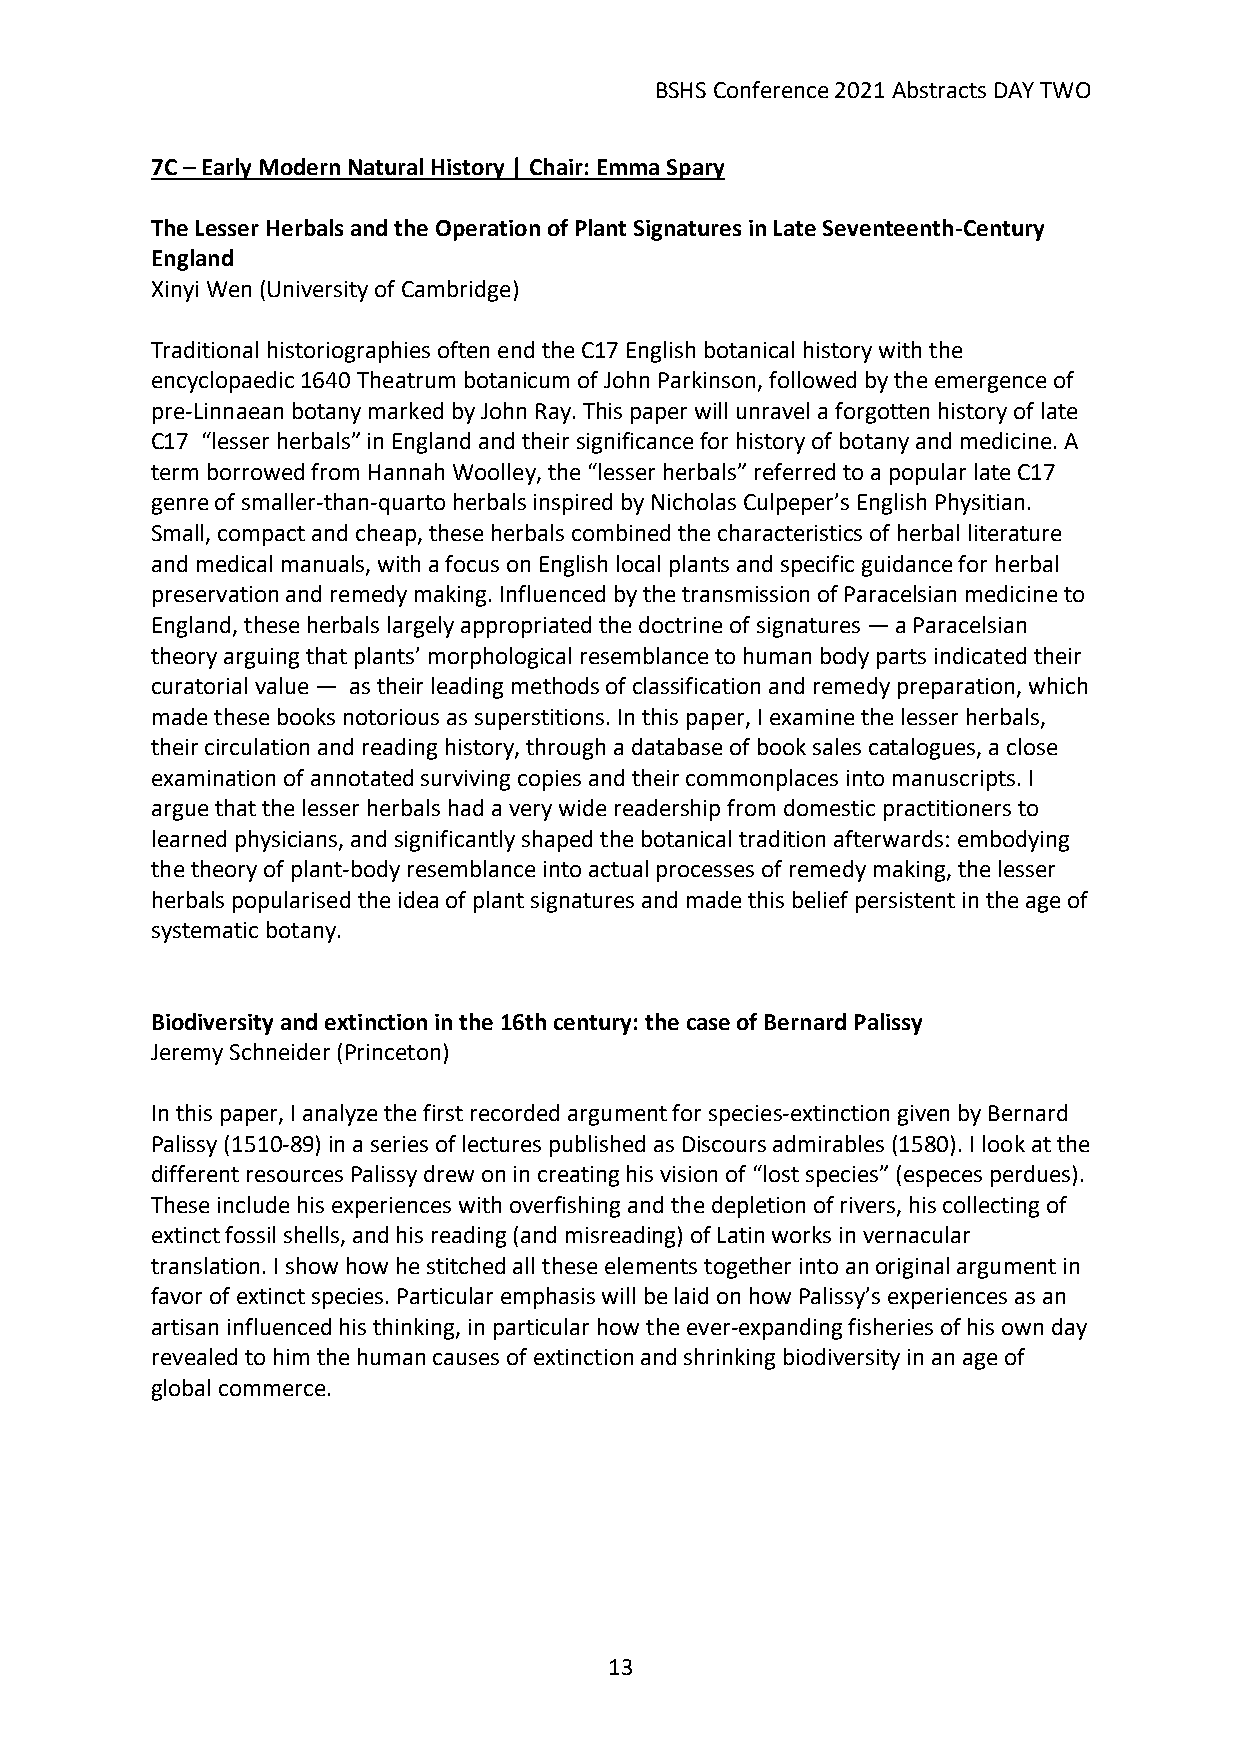
BSHS Conference 2021 Abstracts DAY TWO
 7C – Early Modern Natural History | Chair: Emma Spary
 The Lesser Herbals and the Operation of Plant Signatures in Late Seventeenth-Century
 England
 Xinyi Wen (University of Cambridge)
 Traditional historiographies often end the C17 English botanical history with the
 encyclopaedic 1640 Theatrum botanicum of John Parkinson, followed by the emergence of
 pre-Linnaean botany marked by John Ray. This paper will unravel a forgotten history of late
 C17 “lesser herbals” in England and their significance for history of botany and medicine. A
 term borrowed from Hannah Woolley, the “lesser herbals” referred to a popular late C17
 genre of smaller-than-quarto herbals inspired by Nicholas Culpeper’s English Physitian.
 Small, compact and cheap, these herbals combined the characteristics of herbal literature
 and medical manuals, with a focus on English local plants and specific guidance for herbal
 preservation and remedy making. Influenced by the transmission of Paracelsian medicine to
 England, these herbals largely appropriated the doctrine of signatures — a Paracelsian
 theory arguing that plants’ morphological resemblance to human body parts indicated their
 curatorial value — as their leading methods of classification and remedy preparation, which
 made these books notorious as superstitions. In this paper, I examine the lesser herbals,
 their circulation and reading history, through a database of book sales catalogues, a close
 examination of annotated surviving copies and their commonplaces into manuscripts. I
 argue that the lesser herbals had a very wide readership from domestic practitioners to
 learned physicians, and significantly shaped the botanical tradition afterwards: embodying
 the theory of plant-body resemblance into actual processes of remedy making, the lesser
 herbals popularised the idea of plant signatures and made this belief persistent in the age of
 systematic botany.
 Biodiversity and extinction in the 16th century: the case of Bernard Palissy
 Jeremy Schneider (Princeton)
 In this paper, I analyze the first recorded argument for species-extinction given by Bernard
 Palissy (1510-89) in a series of lectures published as Discours admirables (1580). I look at the
 different resources Palissy drew on in creating his vision of “lost species” (especes perdues).
 These include his experiences with overfishing and the depletion of rivers, his collecting of
 extinct fossil shells, and his reading (and misreading) of Latin works in vernacular
 translation. I show how he stitched all these elements together into an original argument in
 favor of extinct species. Particular emphasis will be laid on how Palissy’s experiences as an
 artisan influenced his thinking, in particular how the ever-expanding fisheries of his own day
 revealed to him the human causes of extinction and shrinking biodiversity in an age of
 global commerce.
 13